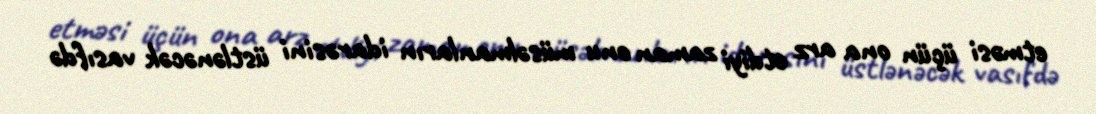
etməsi üçün ona arz etdiyi zaman onu müsəlmanların idarəsini üstlənəcək vasıfdə